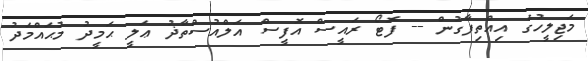
މަޖިލީހުގެ އިއްތިފާގުން -- ފޮޓޯ ރައީސް އޮފީސް އަލްއުސްތާޛު ޢަލީ ޙަމީދު މުޙައްމަދު